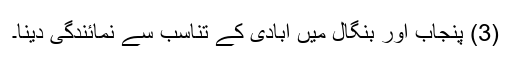
(3) پنجاب اور بنگال میں آبادی کے تناسب سے نمائندگی دینا۔